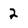
Character: 2